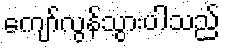
ကျော်လွန်သွားပါသည်